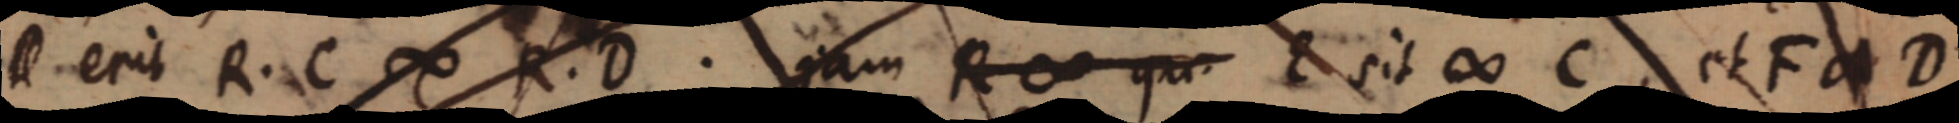
D. erit R. C ∞ R. D. jam R ∞ qu. E sit ∞ C et F a D